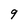
Character: 9